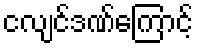
ငလျင်ဒဏ်ကြောင့်